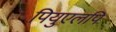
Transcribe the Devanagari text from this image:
पियुएलपि